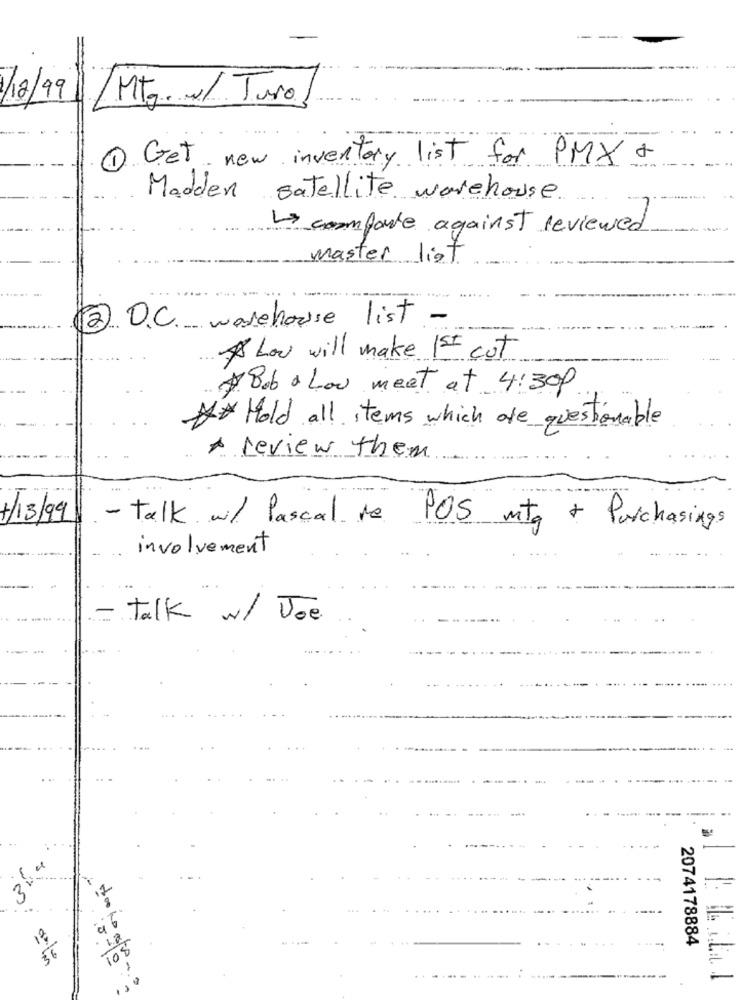
1/12/99
Mtg.w/ Turo
1 Get new inventory list for PMX +
Madden satellite warehouse
> comporte against reviewed
master list
2. O.C warehouse list -
Low will make 1st cut
A Bob & Low meet at 4:300
** Hold all items which are questionable
A review them
1/13/99
- Talk. w/ Pascal re POS mtg + Purchasings
involvement
- talk w/ Joe
3
2074178884
108
56